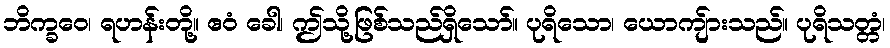
ဘိက္ခဝေ၊ ရဟန်းတို့။ ဧဝံ ခေါ၊ ဤသို့ဖြစ်သည်ရှိသော်။ ပုရိသော၊ ယောကျ်ားသည်။ ပုရိသတ္တံ၊